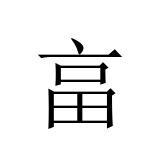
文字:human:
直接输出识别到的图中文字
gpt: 畗